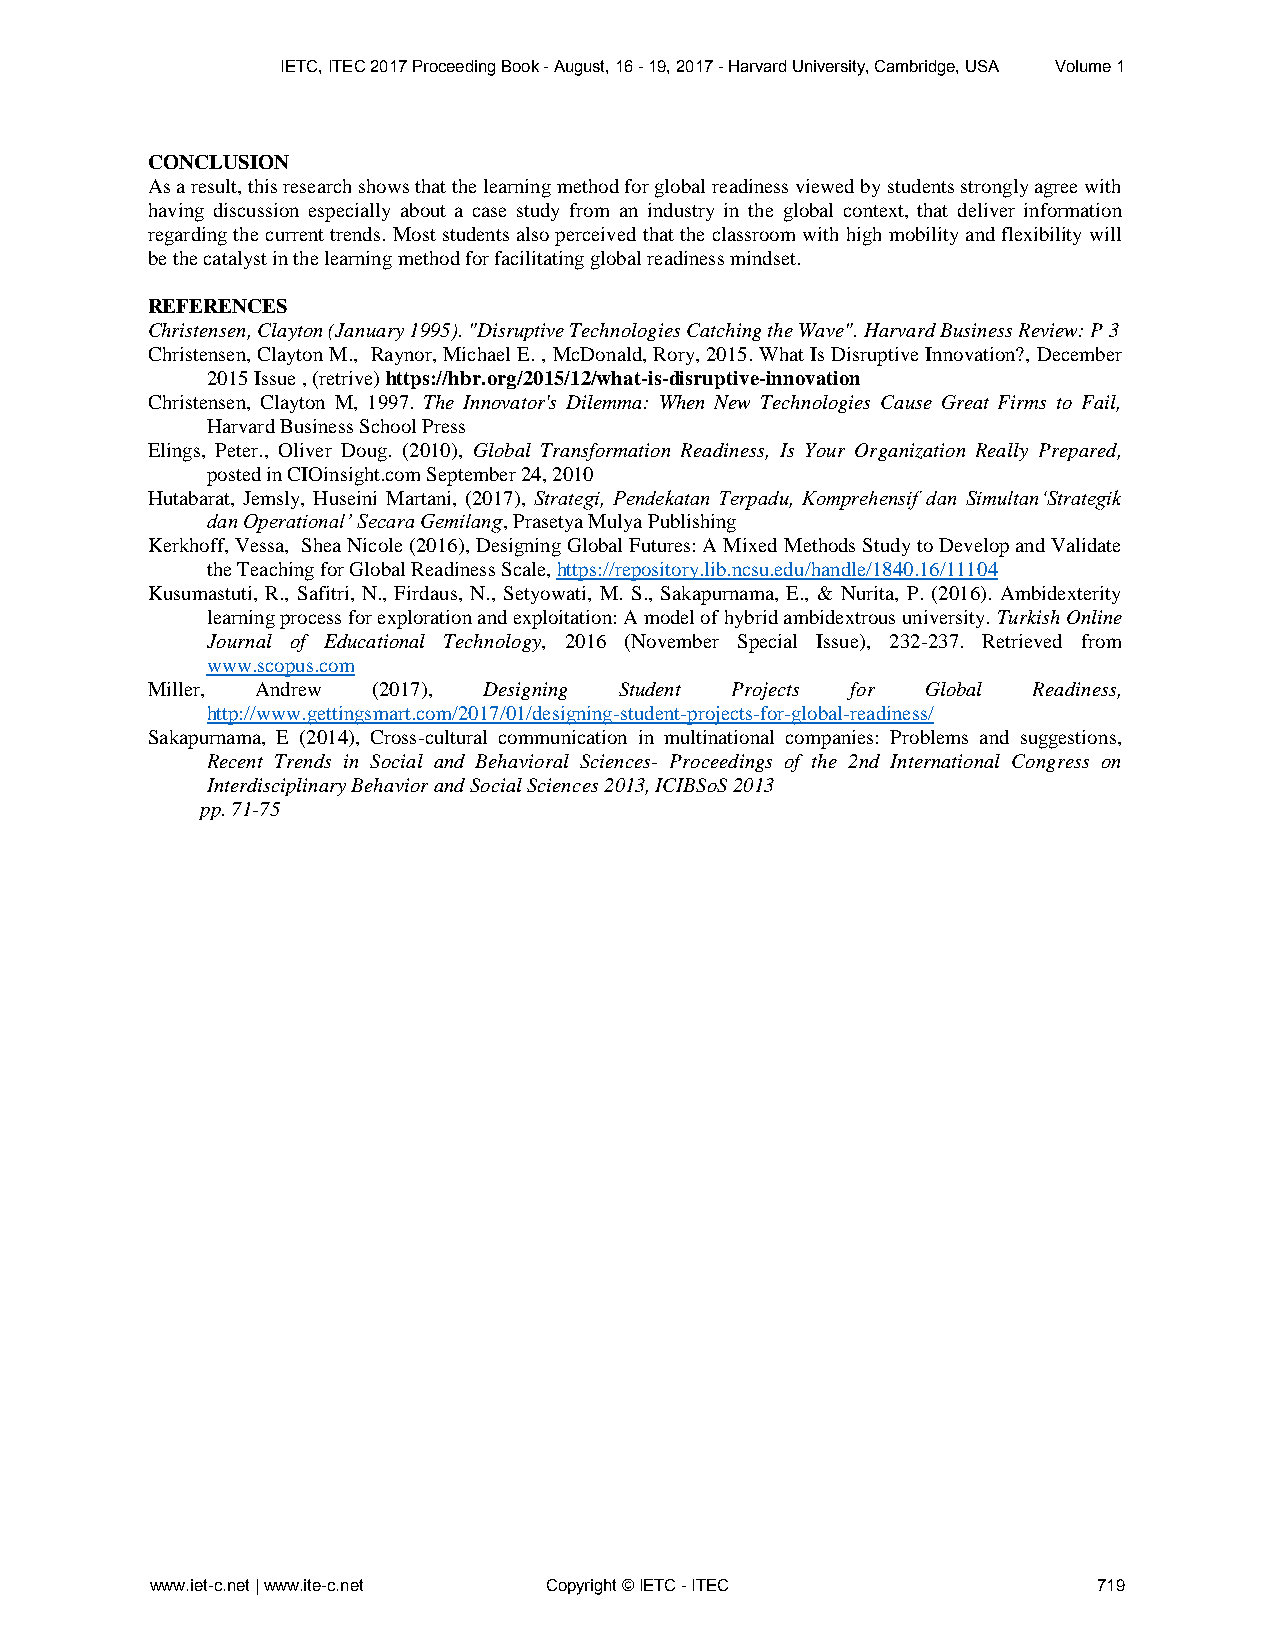
IETC, ITEC 2017 Proceeding Book - August, 16 - 19, 2017 - Harvard University, Cambridge, USA Volume 1
 CONCLUSION
 As a result, this research shows that the learning method for global readiness viewed by students strongly agree with
 having discussion especially about a case study from an industry in the global context, that deliver information
 regarding the current trends. Most students also perceived that the classroom with high mobility and flexibility will
 be the catalyst in the learning method for facilitating global readiness mindset.
 REFERENCES
 Christensen, Clayton (January 1995). "Disruptive Technologies Catching the Wave". Harvard Business Review: P 3
 Christensen, Clayton M., Raynor, Michael E. , McDonald, Rory, 2015. What Is Disruptive Innovation?, December
 2015 Issue , (retrive) https://hbr.org/2015/12/what-is-disruptive-innovation
 Christensen, Clayton M, 1997. The Innovator's Dilemma: When New Technologies Cause Great Firms to Fail,
 Harvard Business School Press
 Elings, Peter., Oliver Doug. (2010), Global Transformation Readiness, Is Your Organization Really Prepared,
 posted in CIOinsight.com September 24, 2010
 Hutabarat, Jemsly, Huseini Martani, (2017), Strategi, Pendekatan Terpadu, Komprehensif dan Simultan‘Strategik
 dan Operational’ Secara Gemilang, Prasetya Mulya Publishing
 Kerkhoff, Vessa, Shea Nicole (2016), Designing Global Futures: A Mixed Methods Study to Develop and Validate
 the Teaching for Global Readiness Scale, https://repository.lib.ncsu.edu/handle/1840.16/11104
 Kusumastuti, R., Safitri, N., Firdaus, N., Setyowati, M. S., Sakapurnama, E., & Nurita, P. (2016). Ambidexterity
 learning process for exploration and exploitation: A model of hybrid ambidextrous university. Turkish Online
 Journal of Educational Technology, 2016 (November Special Issue), 232-237. Retrieved from
 www.scopus.com
 Miller, Andrew (2017), Designing Student Projects for Global Readiness,
 http://www.gettingsmart.com/2017/01/designing-student-projects-for-global-readiness/
 Sakapurnama, E (2014), Cross-cultural communication in multinational companies: Problems and suggestions,
 Recent Trends in Social and Behavioral Sciences- Proceedings of the 2nd International Congress on
 Interdisciplinary Behavior and Social Sciences 2013, ICIBSoS 2013
 pp. 71-75
 www.iet-c.net | www.ite-c.net Copyright © IETC - ITEC          719